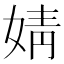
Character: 婧